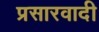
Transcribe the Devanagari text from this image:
प्रसारवादी